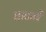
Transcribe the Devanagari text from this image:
घाटानें